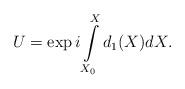
LaTeX: \begin{align*}U=\exp{i \int\limits_{X_0}^{X} d_1(X)dX}. \end{align*}